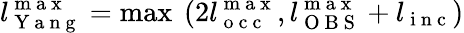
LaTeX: l_{\mathrm{~Y~a~n~g~}}^{\mathrm{~m~a~x~}}=\operatorname*{max}\ (2l_{\mathrm{~o~c~c~}}^{\mathrm{~m~a~x~}},l_{\mathrm{~O~B~S~}}^{\mathrm{~m~a~x~}}+l_{\mathrm{~i~n~c~}})